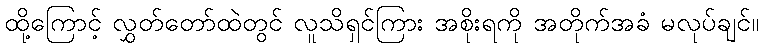
ထို့ကြောင့် လွှတ်တော်ထဲတွင် လူသိရှင်ကြား အစိုးရကို အတိုက်အခံ မလုပ်ချင်။